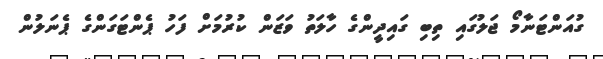
ގުއަންޓަނާމޯ ޖަލުގައި ތިބި ގައިދީންގެ ހާލަތު ވަޒަން ކުރުމަށް ފަހު ޕެންޓަގަންގެ ޕެނަލުން